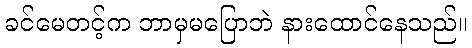
ခင်မေတင့်က ဘာမှမပြောဘဲ နားထောင်နေသည်။